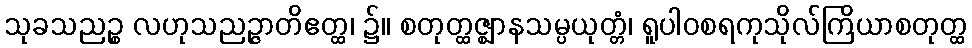
သုခသညဉ္စ လဟုသညဉ္ဇာတိဧတ္ထ၊ ၌။ စတုတ္ထဇ္ဈာနသမ္ပယုတ္တံ၊ ရူပါဝစရကုသိုလ်ကြိယာစတုတ္ထ